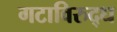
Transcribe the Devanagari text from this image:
गटाविरुद्ध